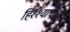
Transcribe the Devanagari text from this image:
हिश्श्याचे